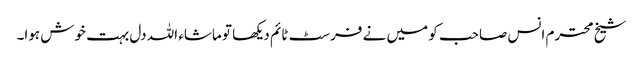
شیخ محترم انس صاحب کو میں نے فرسٹ ٹائم دیکھا تو ماشاء اللہ دل بہت خوش ہوا۔